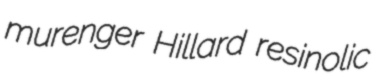
murenger Hillard resinolic